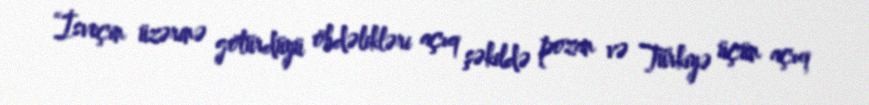
“İsveçin üzərinə götürdüyü öhdəlikləri açıq şəkildə pozan və Türkiyə üçün açıq